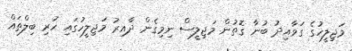
މަޖިލީހުގެ ގަވާއިދު ބުނާ ގޮތުން މަޖިލީސް ނިމިގެން ދާއިރު މަޖިލީހުގައި ހުރި ބިލްތައް